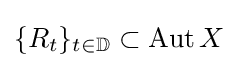
\{R_{t}\}_{t\in \mathbb {D} }\subset \operatorname {Aut} X